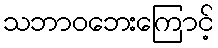
သဘာဝဘေးကြောင့်